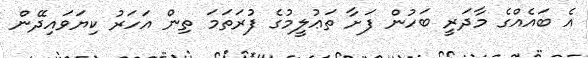
އެ ބައެއްގެ މާދަރީ ބަހުން ފަށާ ތަޢުލީމުގެ ފުރަތަމަ ތިން އަހަރު ކިޔަވައިދޭން